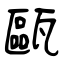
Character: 甌